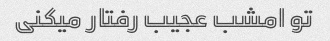
تو امشب عجیب رفتار میکنی